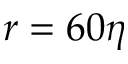
r = 6 0 \eta